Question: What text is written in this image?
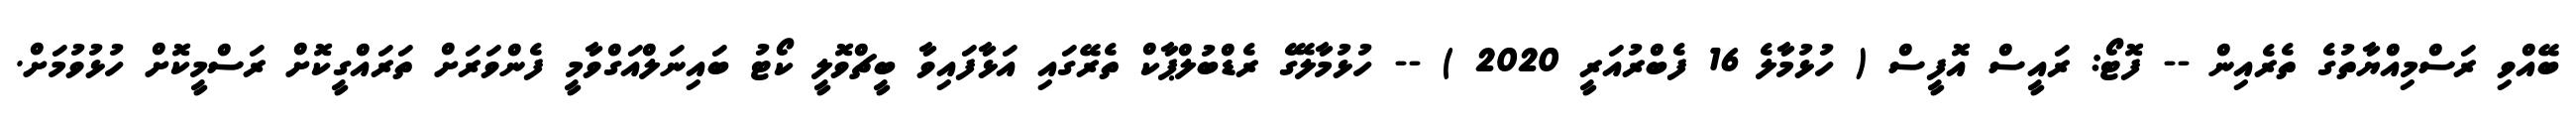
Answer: ބޭއްވި ރަސްމިއްޔާތުގެ ތެރެއިން -- ފޮޓޯ: ރައީސް އޮފީސް ( ހުޅުމާލެ 16 ފެބްރުއަރީ 2020 ) -- ހުޅުމާލޭގެ ރެޑްބުލްޕާކް ތެރޭގައި އަޅާފައިވާ ބީޗްވޮލީ ކޯޓު ބައިނަލްއަގްވާމީ ފެންވަރަށް ތަރައްގީކޮށް ރަސްމީކޮށް ހުޅުވުމަށް.